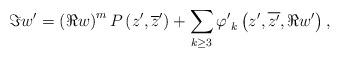
LaTeX: \begin{align*}\Im w'=\left(\Re w\right)^{m}P\left(z', \overline{z}'\right)+ \displaystyle\sum_{k\geq 3}{\varphi'}_{k}\left(z',\overline{z'},\Re w'\right), \end{align*}